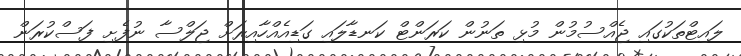
ލައިޓްތަކުގައި ޖެއްސުމުން މުޅި ތަނުން ކަރަންޓް ކަނޑާލައި ގަޑިއެއްހާއިރަށް ޖަލްސާ ނުފެށި ފަސްކުރަން